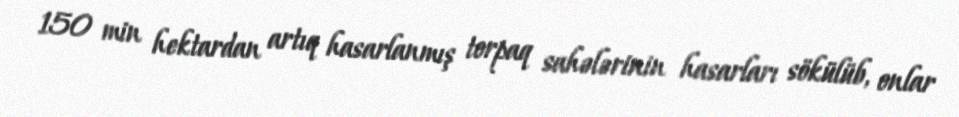
150 min hektardan artıq hasarlanmış torpaq sahələrinin hasarları sökülüb, onlar